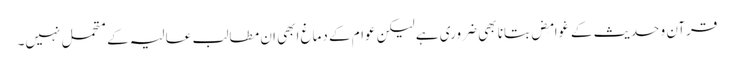
قرآن و حدیث کے غَوامِض بتانا بھی ضروری ہے لیکن عوام کے دماغ ابھی ان مطالب عالیہ کے متحمل نہیں۔